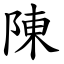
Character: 陳